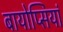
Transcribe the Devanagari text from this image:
बायोप्सियां